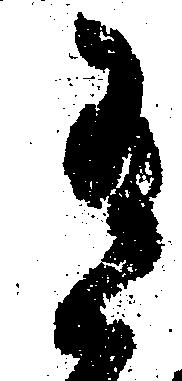
有